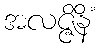
အလဇ္ဇိနိံ